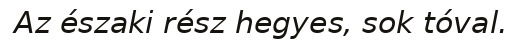
Az északi rész hegyes, sok tóval.